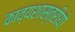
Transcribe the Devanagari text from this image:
काव्यशास्त्रीयो